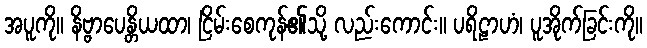
အပူကို။ နိဗ္ဗာပေန္တိယထာ၊ ငြိမ်းစေကုန်၏သို့ လည်းကောင်း။ ပရိဠာဟံ၊ ပူအိုက်ခြင်းကို။